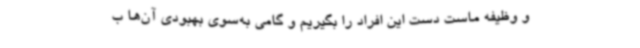
و وظیفه ماست دست این افراد را بگیریم و گامی به‌سوی بهبودی آن‌ها ب